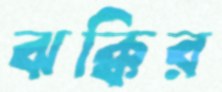
ঝক্কির